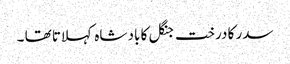
سدر کا درخت جنگل کا باد شاہ کہلاتا تھا ۔